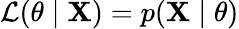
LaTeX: \operatorname{\mathcal{L}}(\theta\mid\mathbf{{X}})=p(\mathbf{{X}}\mid\theta)